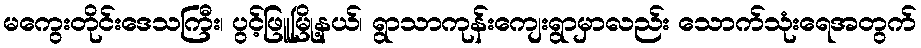
မကွေးတိုင်းဒေသကြီး၊ ပွင့်ဖြူမြို့နယ်၊ ရွာသာကုန်းကျေးရွာမှာလည်း သောက်သုံးရေအတွက်